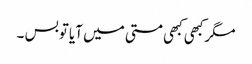
مگرکبھی کبھی مستی میں آیا توبس ۔